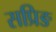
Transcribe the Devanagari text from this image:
सप्रिङ